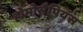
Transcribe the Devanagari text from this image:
होमोसैपियंस